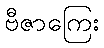
ဗီဇာကြေး